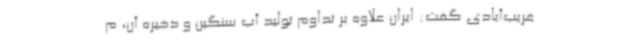
غریب‌آبادی گفت: ایران علاوه بر تداوم تولید آب سنگین و ذخیره آن، م